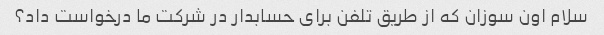
سلام اون سوزان که از طریق تلفن برای حسابدار در شرکت ما درخواست داد؟